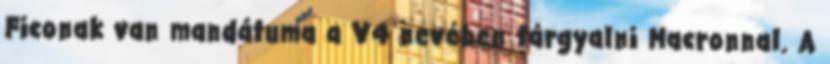
Ficonak van mandátuma a V4 nevében tárgyalni Macronnal. A